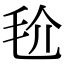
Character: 𣬫